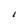
Character: 1